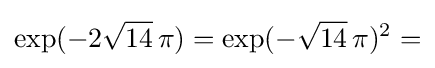
\exp(-2{\sqrt {14}}\,\pi )=\exp(-{\sqrt {14}}\,\pi )^{2}=